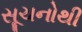
સૂચનોથી